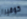
كوفيرا